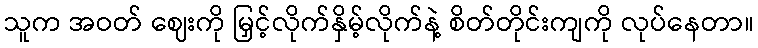
သူက အဝတ် ဈေးကို မြှင့်လိုက်နှိမ့်လိုက်နဲ့ စိတ်တိုင်းကျကို လုပ်နေတာ။